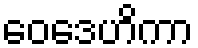
ဝေဒေဟိကာ